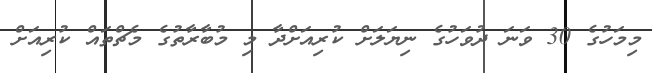
މިމަހުގެ 30 ވަނަ ދުވަހުގެ ނިޔަލަށް ކުރިއަށްދާ މި މުބާރާތުގެ މެޗްތައް ކުރިއަށް